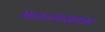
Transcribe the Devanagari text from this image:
महान्यासकार